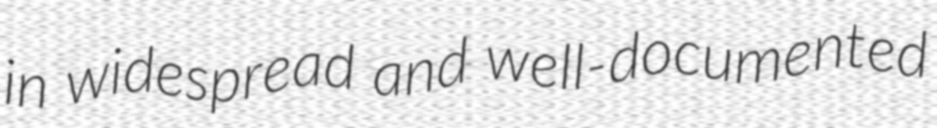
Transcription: in widespread and well-documented